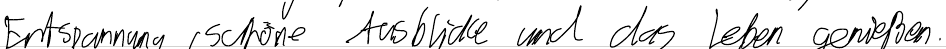
Entspannung, schöne Ausblicke und das Leben genießen.